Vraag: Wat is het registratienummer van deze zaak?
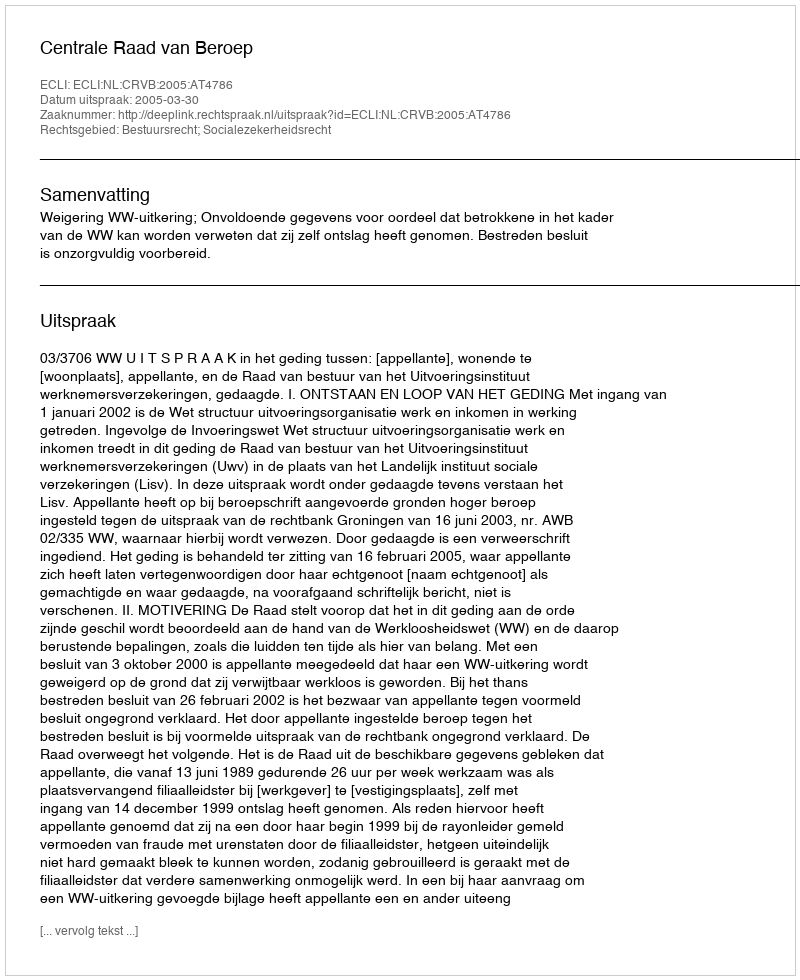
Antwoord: http://deeplink.rechtspraak.nl/uitspraak?id=ECLI:NL:CRVB:2005:AT4786